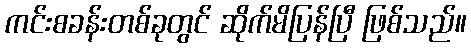
ကင်းစခန်းတစ်ခုတွင် ဆိုက်မိပြန်ပြီ ဖြစ်သည်။